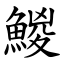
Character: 鯼